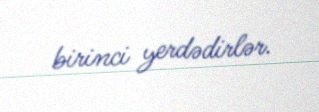
birinci yerdədirlər.